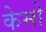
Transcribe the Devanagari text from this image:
केमो